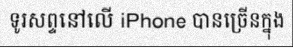
ទូរសព្ទនៅលើ iPhone បានច្រើនក្នុង